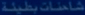
100%SALE